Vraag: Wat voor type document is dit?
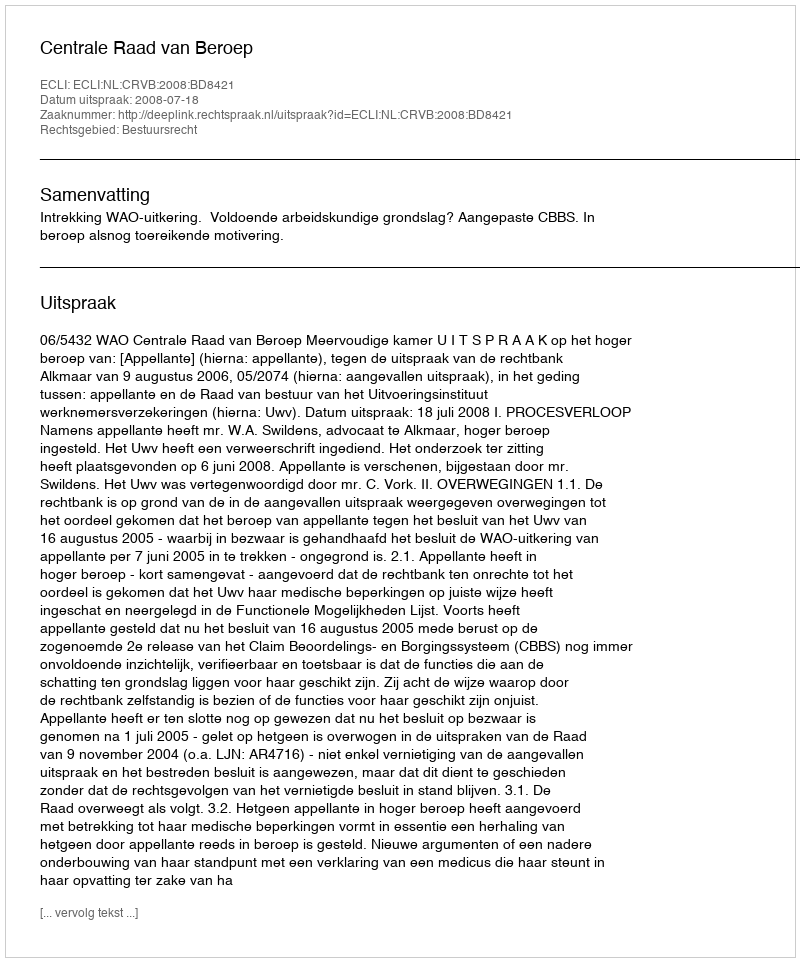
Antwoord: Uitspraak